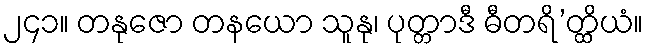
၂၄၁။ တနုဇော တနယော သူနု၊ ပုတ္တာဒီ ဓီတရိ’တ္ထိယံ။